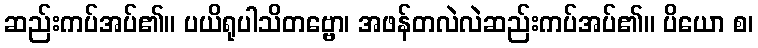
ဆည်းကပ်အပ်၏။ ပယိရုပါသိတဗ္ဗော၊ အဖန်တလဲလဲဆည်းကပ်အပ်၏။ ပိယော စ၊